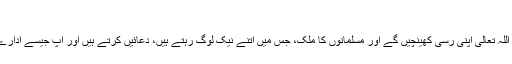
‘‘
میں سمجھتا ہوں اللہ تعالیٰ اپنی رسی کھینچیں گے اور مسلمانوں کا ملک، جس میں اتنے نیک لوگ رہتے ہیں، دعائیں کرتے ہیں اور آپ جیسے ادارے کام کرتے ہیں۔